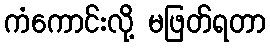
ကံကောင်းလို့ မဖြတ်ရတာ